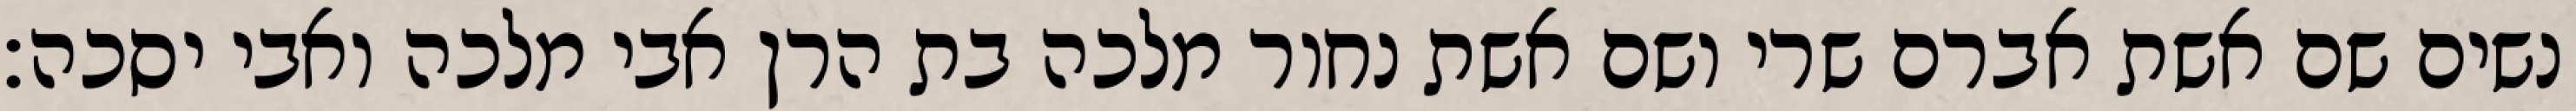
נשים שם אשת אברם שרי ושם אשת נחור מלכה בת הרן אבי מלכה ואבי יסכה׃